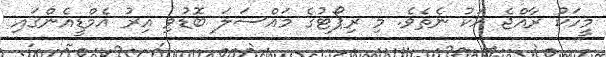
މީހަކު ރާއްޖެ އަކު ނެތެވެ. މި ރިޕޯޓުގެ މައްސަލަ ބޮޑުވި އިރު އެމްޑީއެންގައި